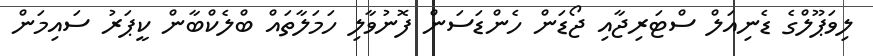
ލިވަޕޫލްގެ ޑެނިއަލް ސްޓަރިޖާއި ޖޯޑަން ހެންޑަސަން ފޮނުވާލި ހަމަލާތައް ބްލެކްބާން ކީޕަރު ސައިމަން